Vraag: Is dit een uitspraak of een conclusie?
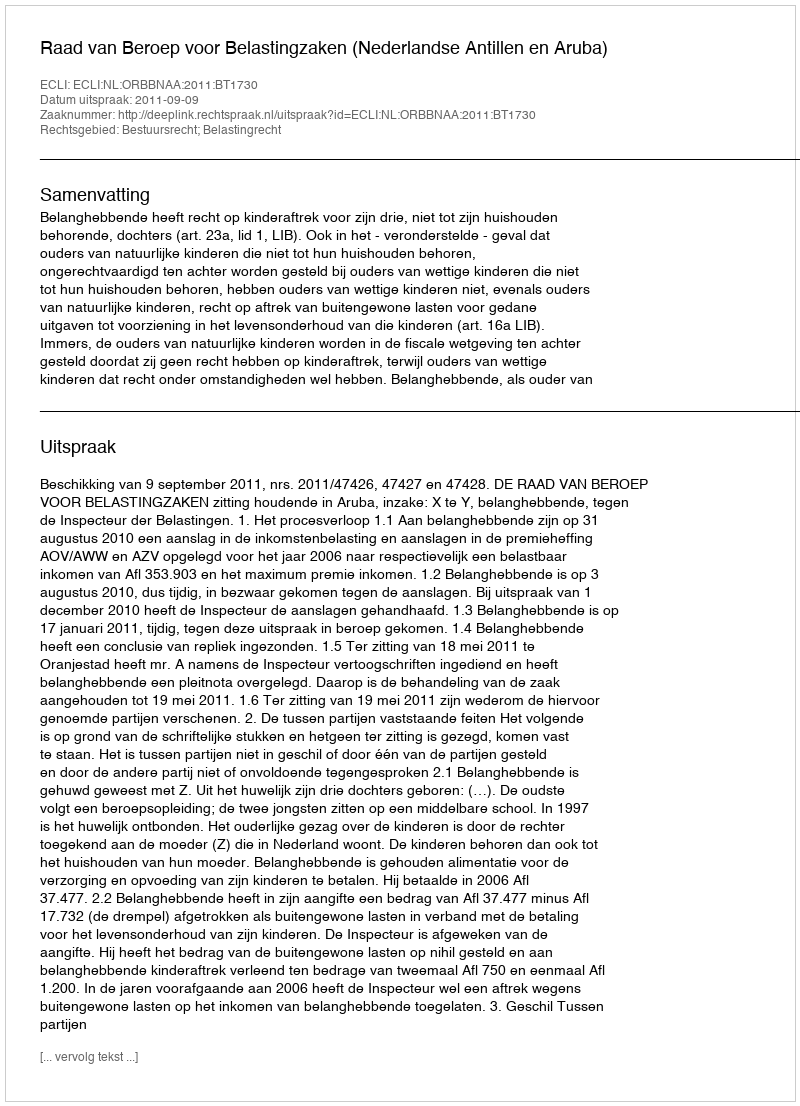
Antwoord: Uitspraak